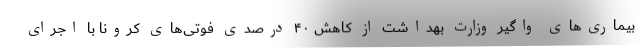
بیماری‌های واگیر وزارت بهداشت از کاهش ۴۰ درصدی فوتی‌های کرونا با اجرای